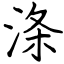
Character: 涤